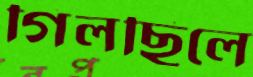
গিলছিলে